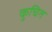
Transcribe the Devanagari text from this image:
कुचित